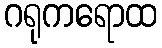
ဂရုကရောထ